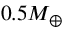
0 . 5 M _ { \oplus }